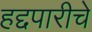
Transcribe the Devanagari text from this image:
हद्दपारीचे